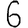
Digit: 6